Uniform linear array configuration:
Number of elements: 8
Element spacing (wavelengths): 0.25
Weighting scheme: uniform
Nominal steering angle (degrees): -15
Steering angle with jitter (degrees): -13.195
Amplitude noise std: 0.05
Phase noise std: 0.05

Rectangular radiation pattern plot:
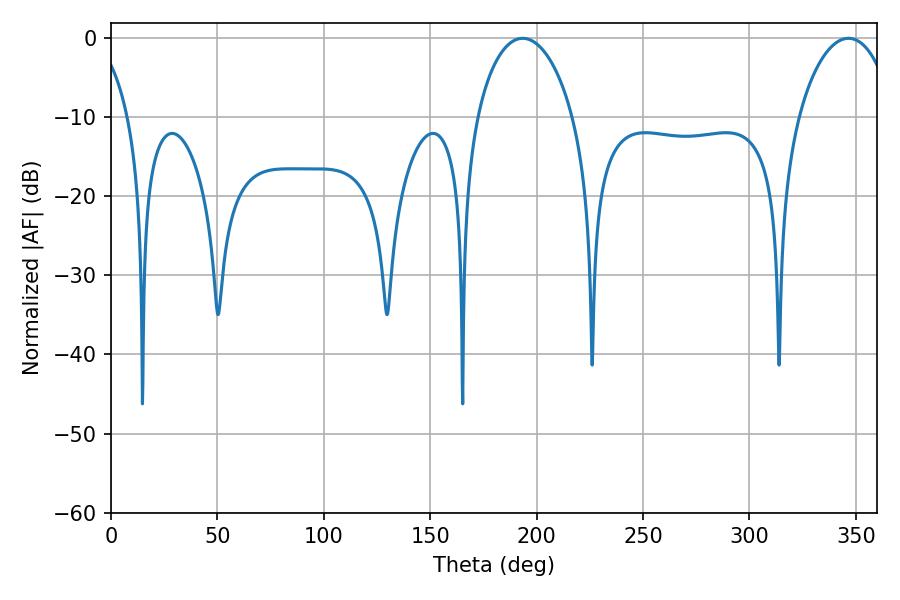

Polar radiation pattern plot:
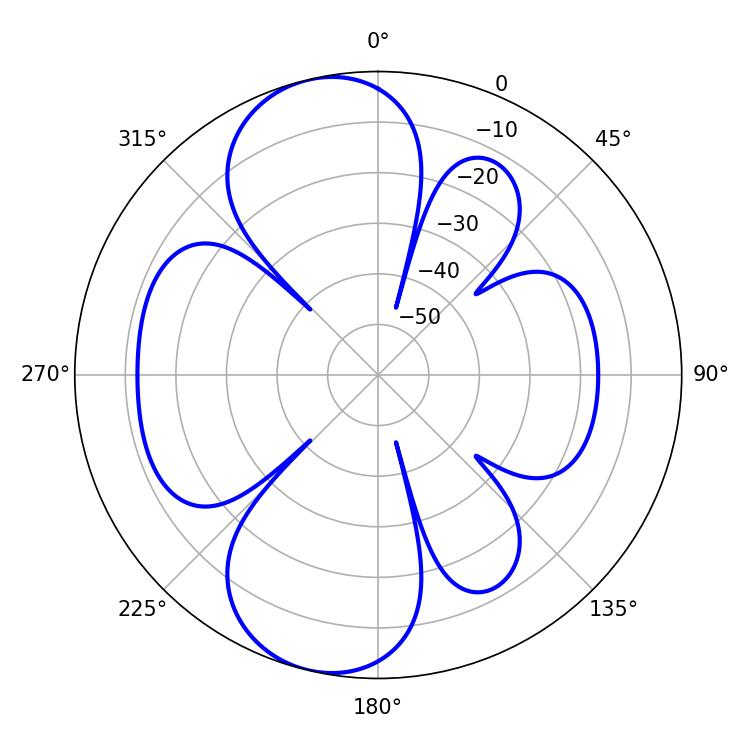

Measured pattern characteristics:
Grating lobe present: FALSE
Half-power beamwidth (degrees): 25.92
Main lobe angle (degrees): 193.5